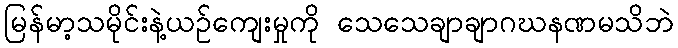
မြန်မာ့သမိုင်းနဲ့ယဉ်ကျေးမှုကို သေသေချာချာဂဃနဏမသိဘဲ